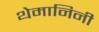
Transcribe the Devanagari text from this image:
थेमानिनी